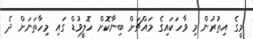
މީގެ އިތުރުން މި ވާހަކައިގެ މައްޗަށް ބިނާކޮށް ހޮލީވުޑް ގައި މިހާތަނަށް ދެ